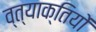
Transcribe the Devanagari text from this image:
व्त्याक्तियों